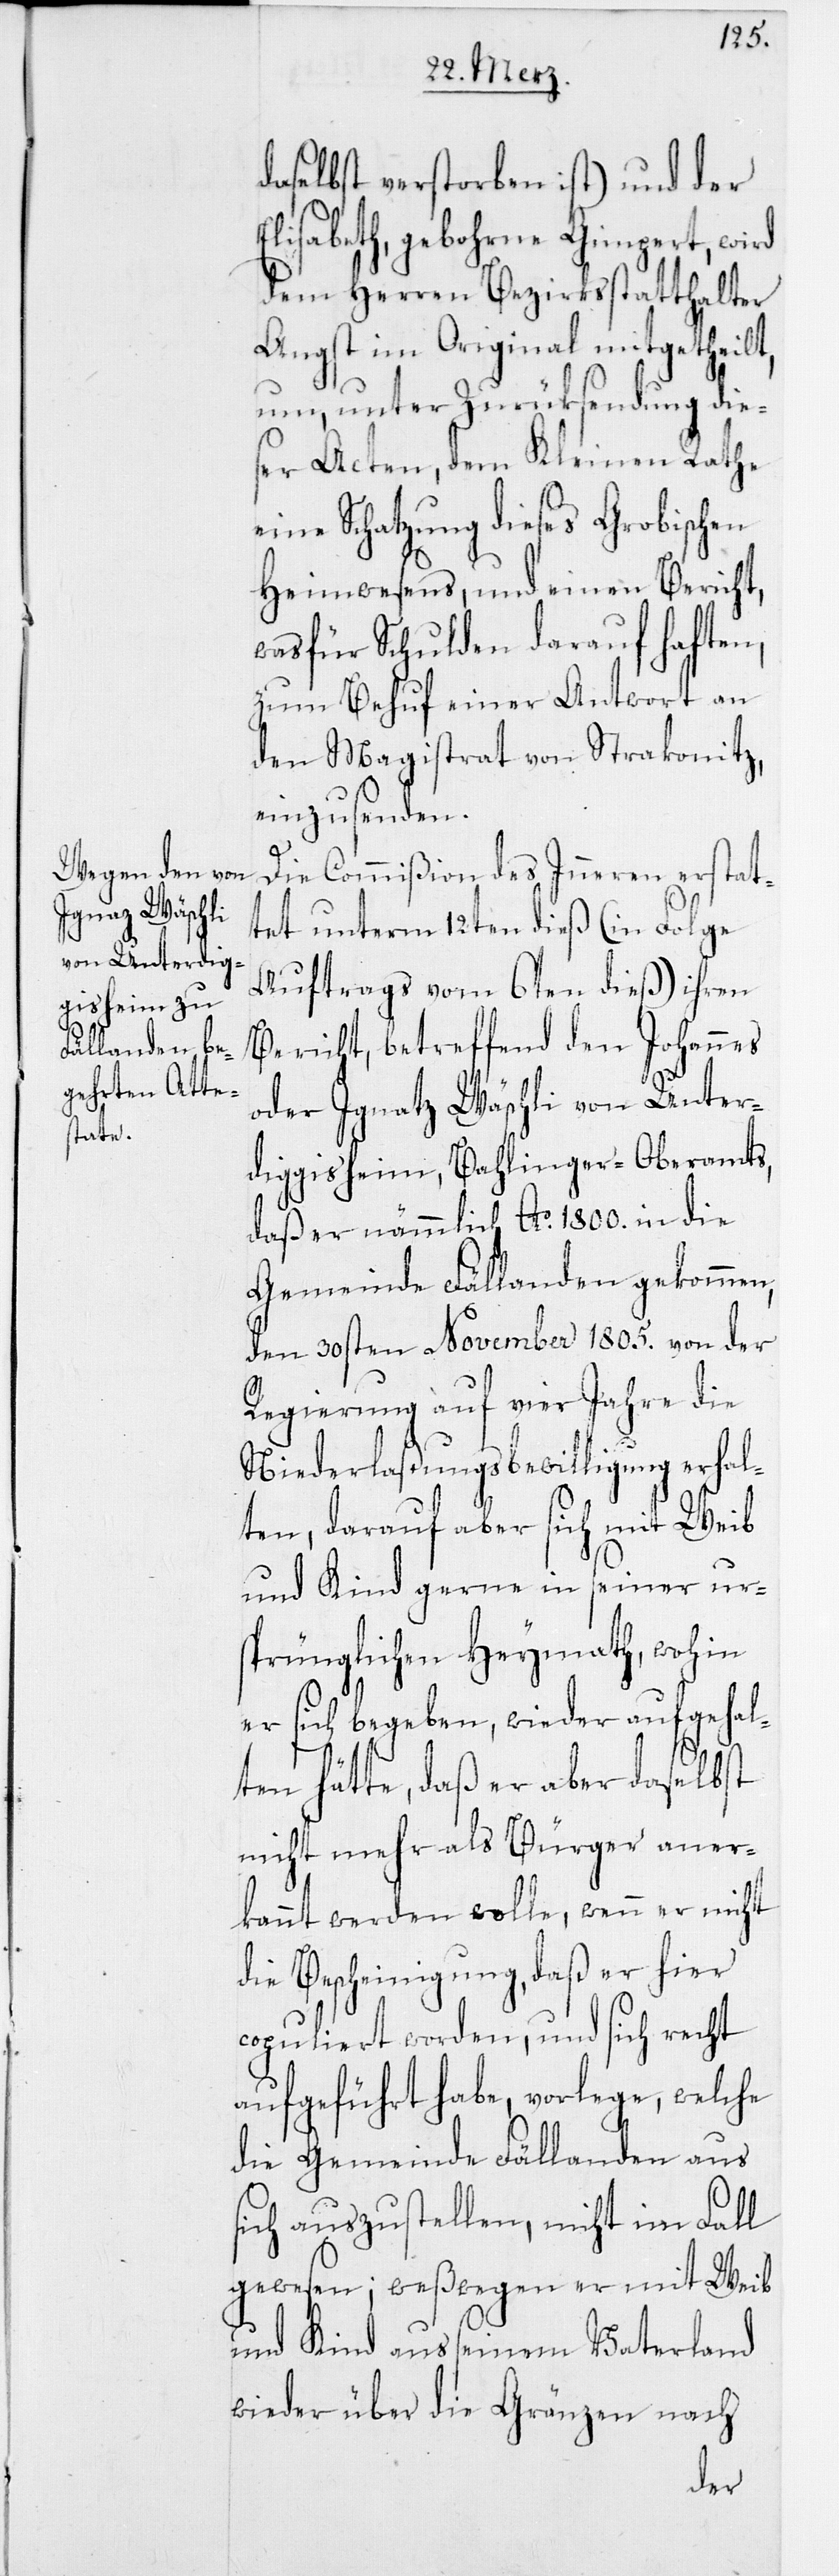
daselbst verstorben ist) und der
Elisabeth, gebohrne Gimpert, wird
dem Herren Bezirksstatthalter
Angst im Original mitgetheilt,
um, unter Zurüksendung die¬
ser Acten, dem Kleinen Rathe
eine Schatzung dieses Grobischen
Heimwesens, und einen Bericht,
was für Schulden darauf haften,
zum Behuf einer Antwort an
den Magistrat von Strakonitz,
einzusenden.
Die Commißion des Inneren erstat¬
tet unterm 12ten dieß (in Folge
Auftrags vom 6ten dieß) ihren
Bericht, betreffend den Johannes
oder Ignatz Wäschli von Unter¬
diggisheim, Bahlinger-Oberamts,
daß er nämmlich Ao. 1800. in die
Gemeinde Fällanden gekommen,
den 30sten November 1805. von der
Regierung auf vier Jahre die
Niederlaßungsbewilligung erhal¬
ten, darauf aber sich mit Weib
und Kind gerne in seiner ur¬
sprünglichen Heymath, wohin
er sich begeben, wieder aufgehal¬
ten hätte, daß er aber daselbst
nicht mehr als Bürger aner¬
kannt werden wolle, wenn er nicht
die Bescheinigung, daß er hier
copuliert worden, und sich recht
aufgeführt habe, vorlege, welche
die Gemeinde Fällanden aus
sich auszustellen, nicht im Fall
gewesen; weßwegen er mit Weib
und Kind aus seinem Vaterland
wieder über die Gränzen nach